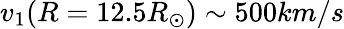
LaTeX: v_{1}(R=12.5R_{\odot})\sim 500km/s